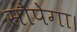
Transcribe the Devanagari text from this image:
सौपेगा।